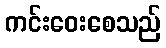
ကင်းဝေးစေသည်